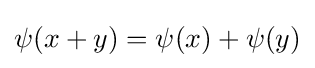
\psi (x+y)=\psi (x)+\psi (y)